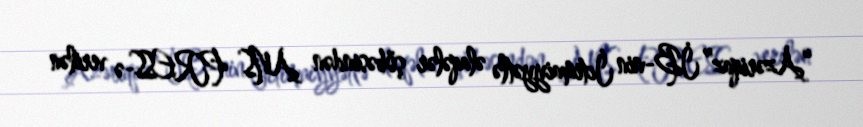
“Azəriqaz” İB-nin İctimaiyyətlə əlaqələr şöbəsindən ANS PRESS-ə verilən